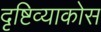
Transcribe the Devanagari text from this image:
दृष्टिव्याकोस